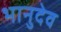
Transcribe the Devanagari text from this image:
भानुदेव